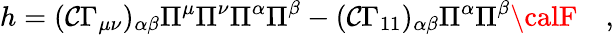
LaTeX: h=(\mathcal{C}\Gamma_{\mu\nu})_{\alpha\beta}\Pi^{\mu}\Pi^{\nu}\Pi^{\alpha}\Pi^{\beta}-(\mathcal{C}\Gamma_{11})_{\alpha\beta}\Pi^{\alpha}\Pi^{\beta}{\calF}\quad,